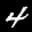
Label: 4